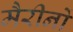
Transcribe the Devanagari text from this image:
मैरीनों